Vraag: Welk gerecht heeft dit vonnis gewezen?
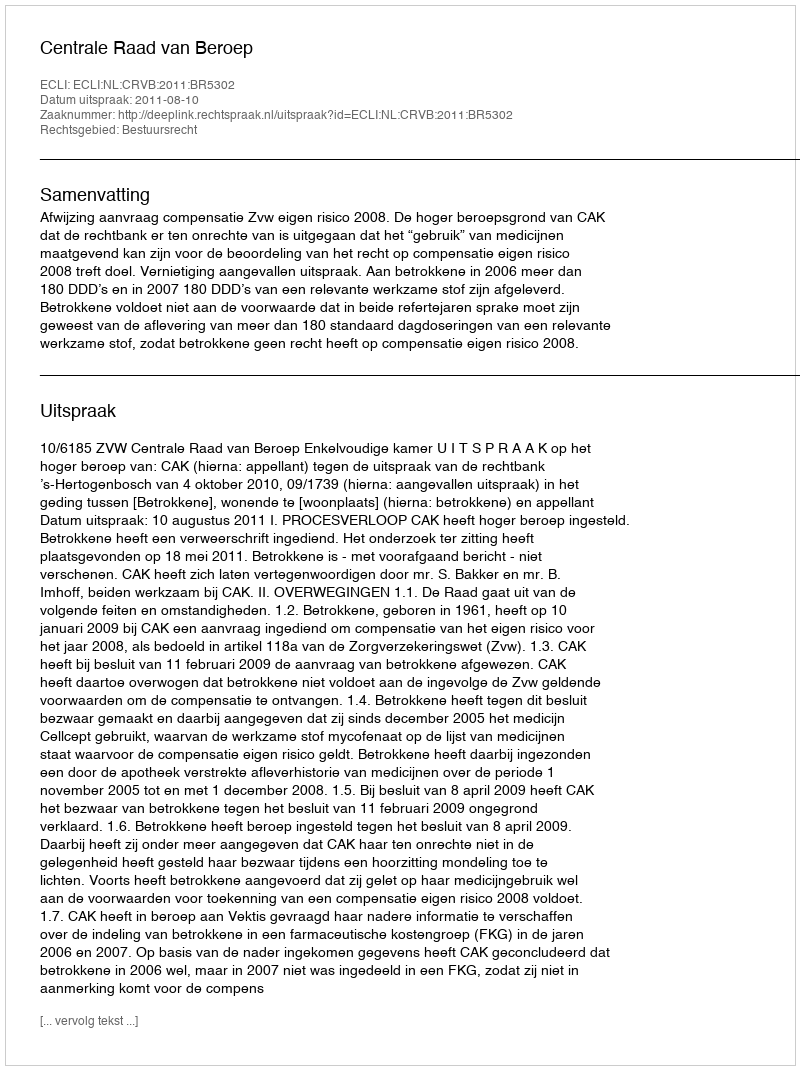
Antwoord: Centrale Raad van Beroep